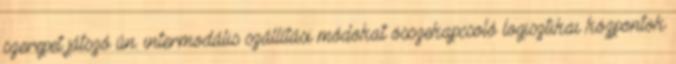
szerepet játszó ún. intermodális szállítási módokat összekapcsoló logisztikai központok